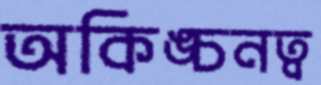
অকিঙ্চনত্ব